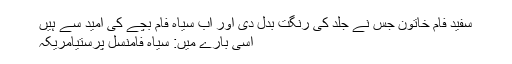
سفید فام خاتون جس نے جلد کی رنگت بدل دی اور اب سیاہ فام بچے کی امید سے ہیں
اسی بارے میں: سیاہ فامنسل پرستیامریکہ